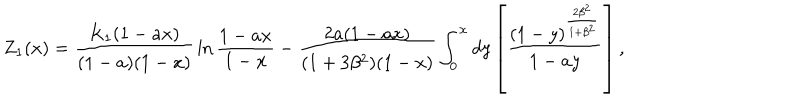
LaTeX: { Z } _ { 1 } ( x ) = { \frac { K _ { 1 } ( 1 - a x ) } { ( 1 - a ) ( 1 - x ) } } \ln { \frac { 1 - a x } { 1 - x } } - { \frac { 2 a ( 1 - a x ) } { ( 1 + 3 \beta ^ { 2 } ) ( 1 - x ) } } \int _ { 0 } ^ { x } d y \left[ { \frac { ( 1 - y ) ^ { \frac { 2 \beta ^ { 2 } } { 1 + \beta ^ { 2 } } } } { 1 - a y } } \right] ,